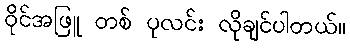
ဝိုင်အဖြူ တစ် ပုလင်း လိုချင်ပါတယ်။